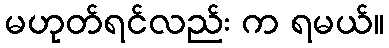
မဟုတ်ရင်လည်း က ရမယ်။